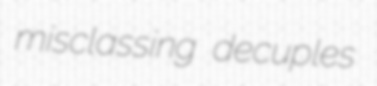
misclassing decuples